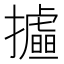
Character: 𢸉